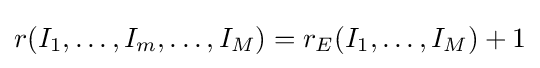
r(I_{1},\ldots ,I_{m},\ldots ,I_{M})=r_{E}(I_{1},\ldots ,I_{M})+1